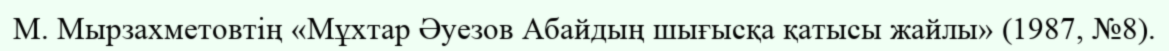
М. Мырзахметовтің «Мұхтар Әуезов Абайдың шығысқа қатысы жайлы» (1987, №8).